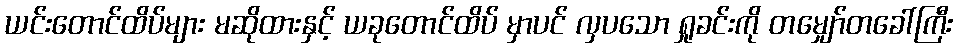
ယင်းတောင်ထိပ်များ မဆိုထားနှင့် ယခုတောင်ထိပ် မှာပင် လှပသော ရှုခင်းကို တမျှော်တခေါ်ကြီး